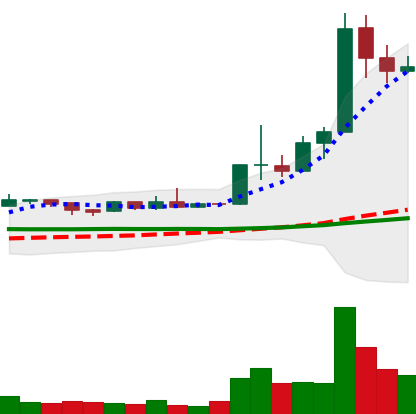
Ticker: ETC-USD
Chart end date: 2019-04-10
Forward return: -12.114%
Label: down_7plus